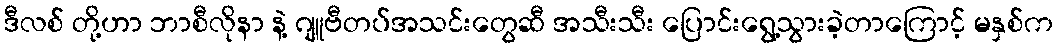
ဒီလစ် တို့ဟာ ဘာစီလိုနာ နဲ့ ဂျူဗီတပ်အသင်းတွေဆီ အသီးသီး ပြောင်းရွေ့သွားခဲ့တာကြောင့် မနှစ်က